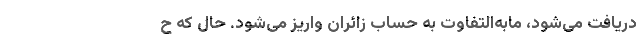
دریافت می‌شود، مابه‌التفاوت به حساب زائران واریز می‌شود. حال که ح